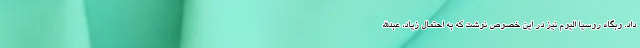
داد. وبگاه روسیا الیوم نیز در این خصوص نوشت که به احتمال زیاد، عبدالله